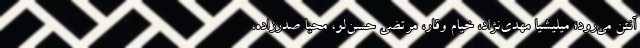
آنتن می‌رود؛ میلیشیا مهدی‌نژاد، خیام وقار، مرتضی حسن‌لو، محیا صدرزاده،